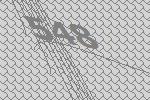
548